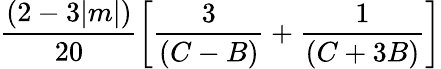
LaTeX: \frac{(2-3|m|)}{20}\left[\frac{3}{(C-B)}+\frac{1}{(C+3B)}\right]